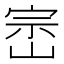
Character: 崈